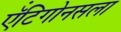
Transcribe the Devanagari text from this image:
ऍंटिगोनसला